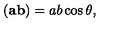
( { \bf a b } ) = a b \cos { \theta } ,